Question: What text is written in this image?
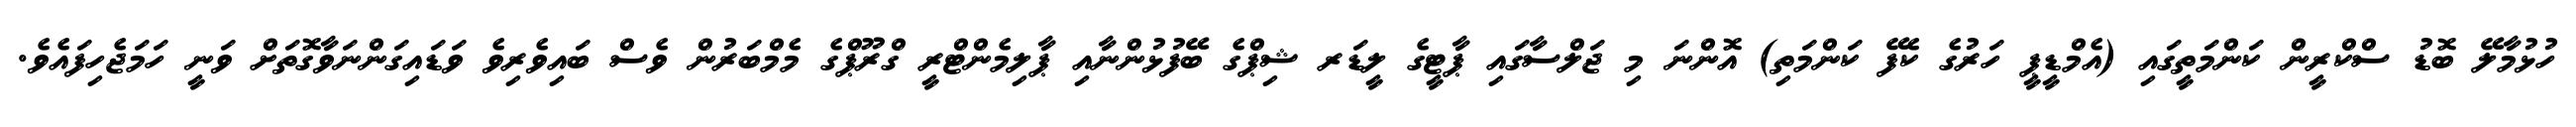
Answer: ހުޅުމާލޭ ބޮޑު ސްކްރީން ކަންމަތީގައި (އެމްޑީޕީ ހަރުގެ ކެފޭ ކަންމަތި) އޮންނަ މި ޖަލްސާގައި ޕާޓީގެ ލީޑަރ ޝިޕްގެ ބޭފުޅުންނާއި ޕާލިމެންޓްރީ ގްރޫޕްގެ މެމްބަރުން ވެސް ބައިވެރިވެ ވަޑައިގަންނަވާގޮތަށް ވަނީ ހަމަޖެހިފައެވެ.